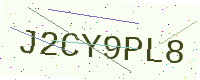
Text: J2CY9PL8